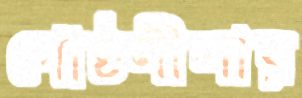
গোষ্ঠলীলায়